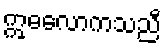
ဣဓလောကသညီ